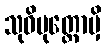
သုဝိမုတ္တောမှိ